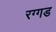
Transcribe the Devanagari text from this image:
रग्गड